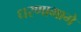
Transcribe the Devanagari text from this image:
धरणामागे